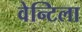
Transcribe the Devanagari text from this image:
वेन्टिला